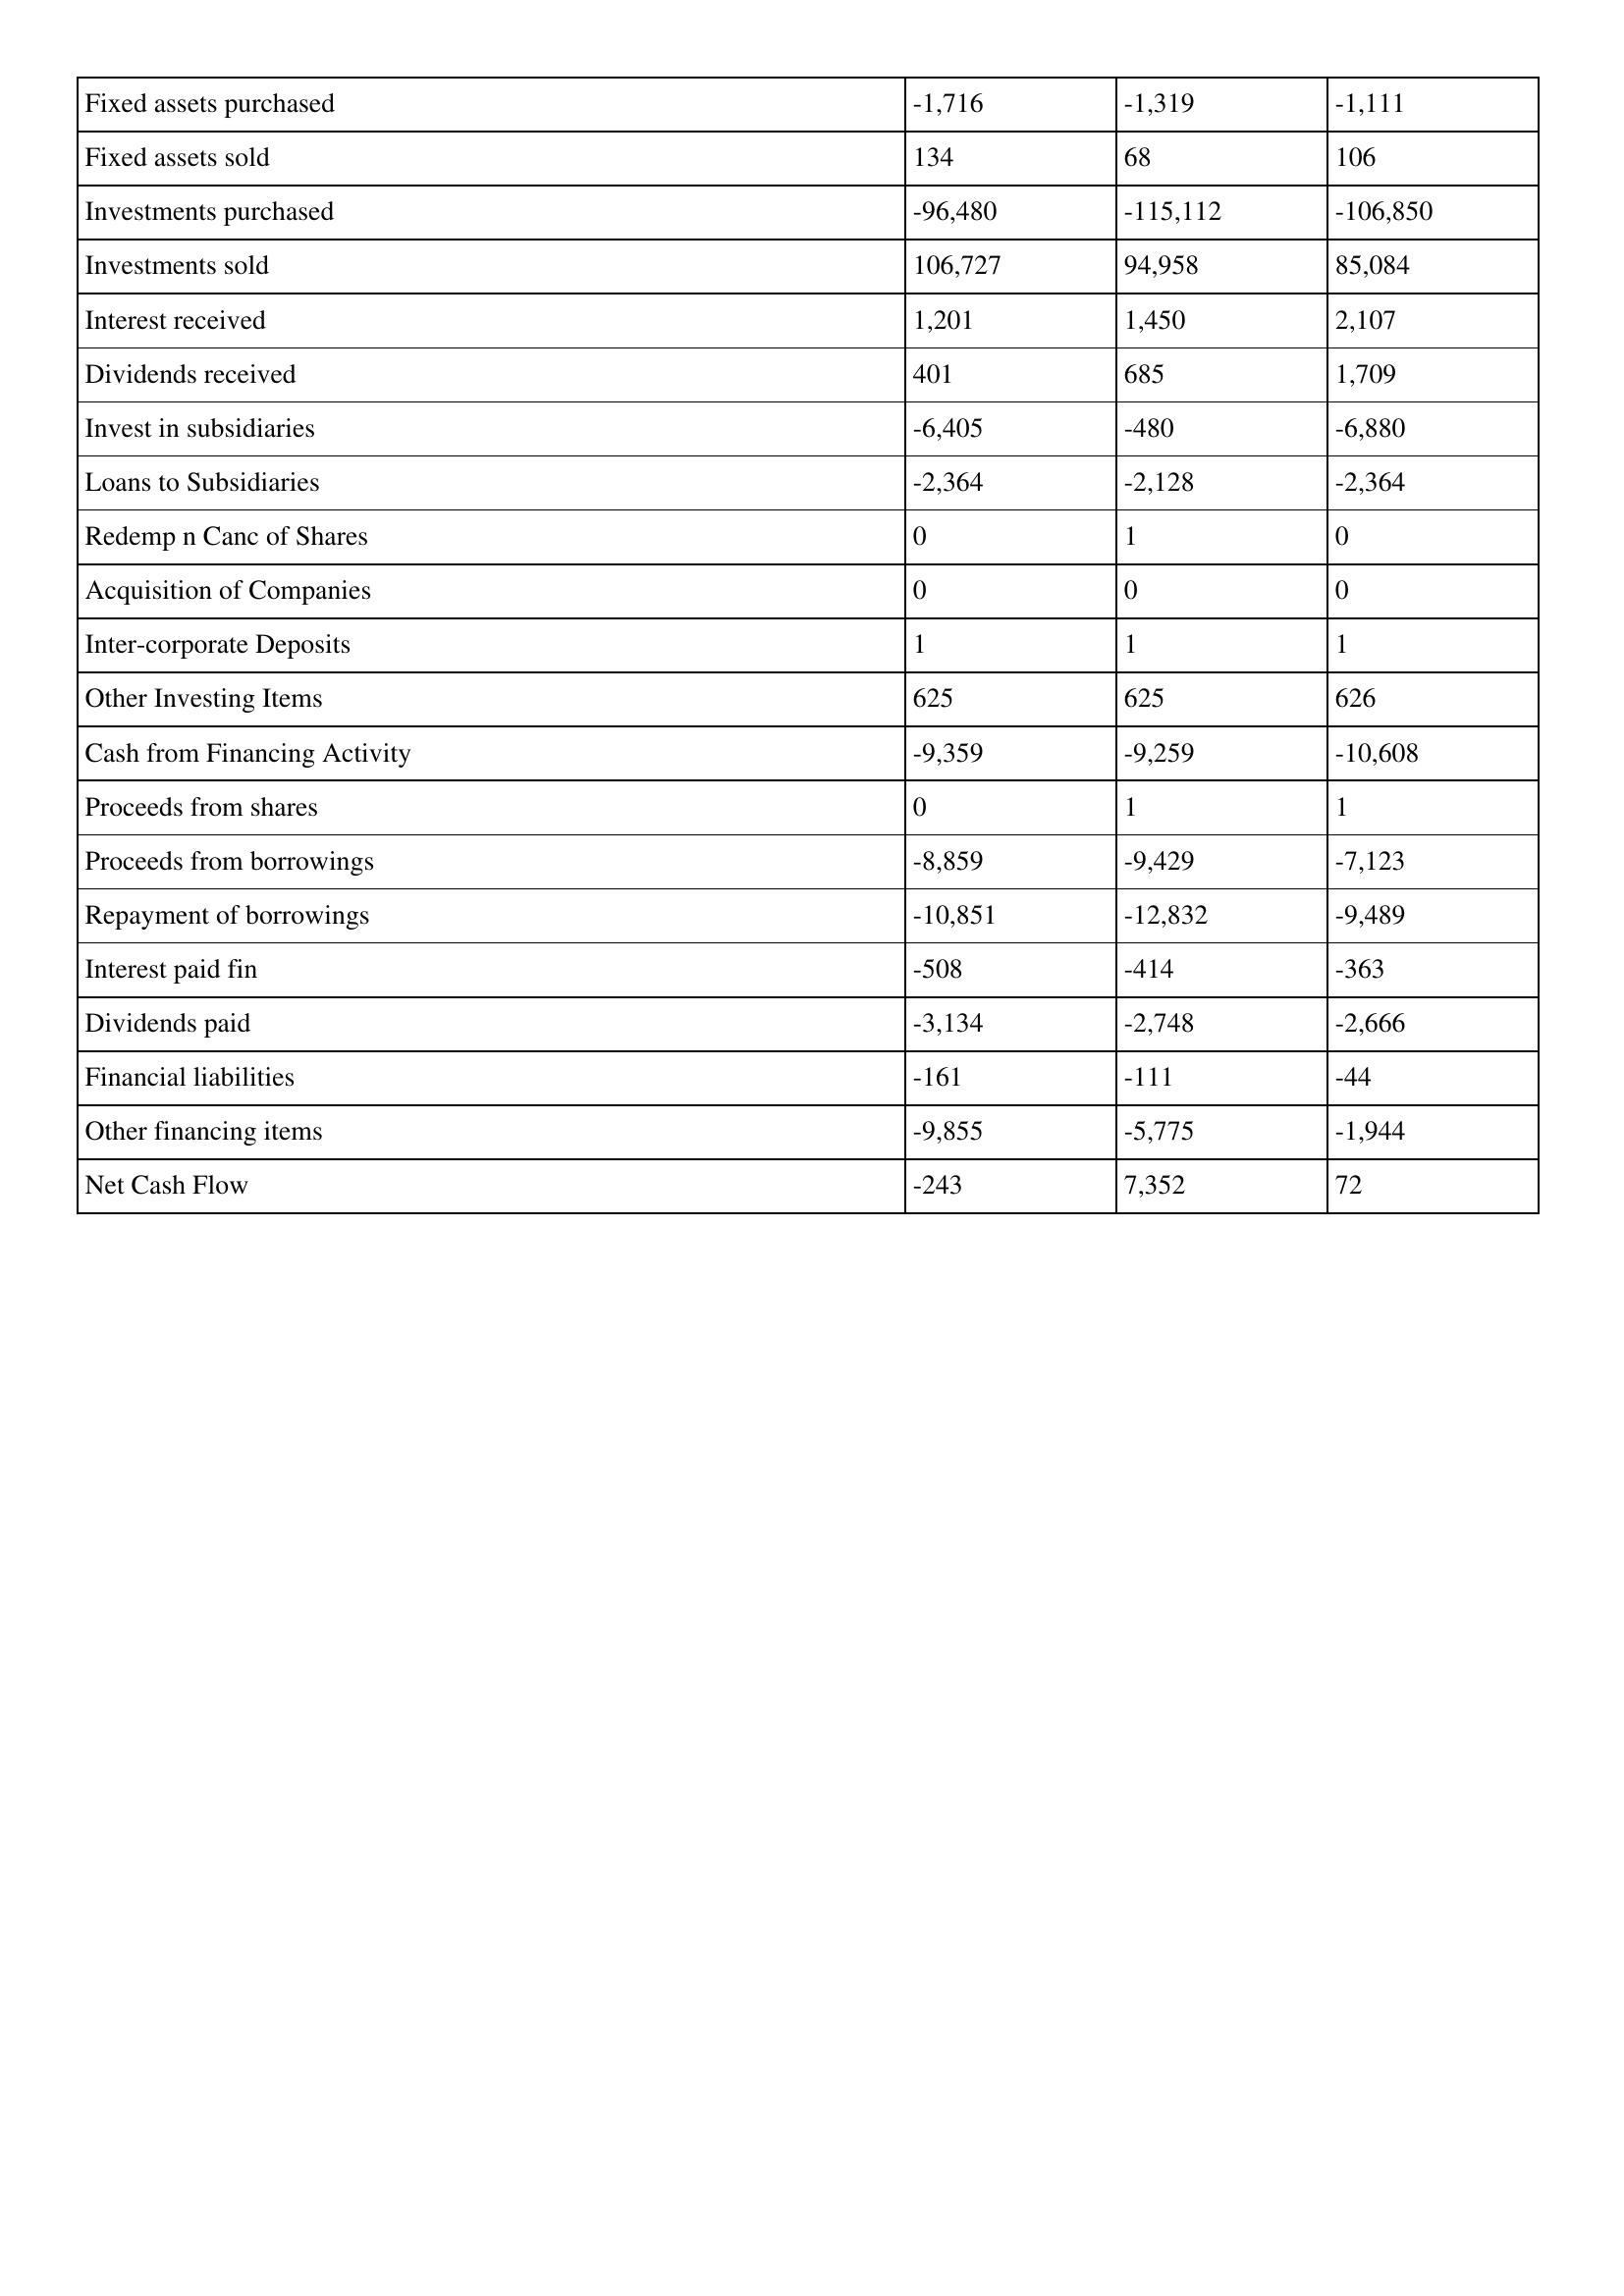
gt_parse: 2013: Cash Flows: Fixed assets purchased: -1,716
Fixed assets sold: 134
Investments purchased: -96,480
Investments sold: 106,727
Interest received: 1,201
Dividends received: 401
Invest in subsidiaries: -6,405
Loans to Subsidiaries: -2,364
Redemp n Canc of Shares: 0
Acquisition of Companies: 0
Inter-corporate Deposits: 1
Other Investing Items: 625
Cash from Financing Activity: -9,359
Proceeds from shares: 0
Proceeds from borrowings: -8,859
Repayment of borrowings: -10,851
Interest paid fin: -508
Dividends paid: -3,134
Financial liabilities: -161
Other financing items: -9,855
Net Cash Flow: -243
2012: Cash Flows: Fixed assets purchased: -1,319
Fixed assets sold: 68
Investments purchased: -115,112
Investments sold: 94,958
Interest received: 1,450
Dividends received: 685
Invest in subsidiaries: -480
Loans to Subsidiaries: -2,128
Redemp n Canc of Shares: 1
Acquisition of Companies: 0
Inter-corporate Deposits: 1
Other Investing Items: 625
Cash from Financing Activity: -9,259
Proceeds from shares: 1
Proceeds from borrowings: -9,429
Repayment of borrowings: -12,832
Interest paid fin: -414
Dividends paid: -2,748
Financial liabilities: -111
Other financing items: -5,775
Net Cash Flow: 7,352
2011: Cash Flows: Fixed assets purchased: -1,111
Fixed assets sold: 106
Investments purchased: -106,850
Investments sold: 85,084
Interest received: 2,107
Dividends received: 1,709
Invest in subsidiaries: -6,880
Loans to Subsidiaries: -2,364
Redemp n Canc of Shares: 0
Acquisition of Companies: 0
Inter-corporate Deposits: 1
Other Investing Items: 626
Cash from Financing Activity: -10,608
Proceeds from shares: 1
Proceeds from borrowings: -7,123
Repayment of borrowings: -9,489
Interest paid fin: -363
Dividends paid: -2,666
Financial liabilities: -44
Other financing items: -1,944
Net Cash Flow: 72